Civil Veterinary Dept. Bombay admin report 1923-31 - 1923-1931
Year: 1923
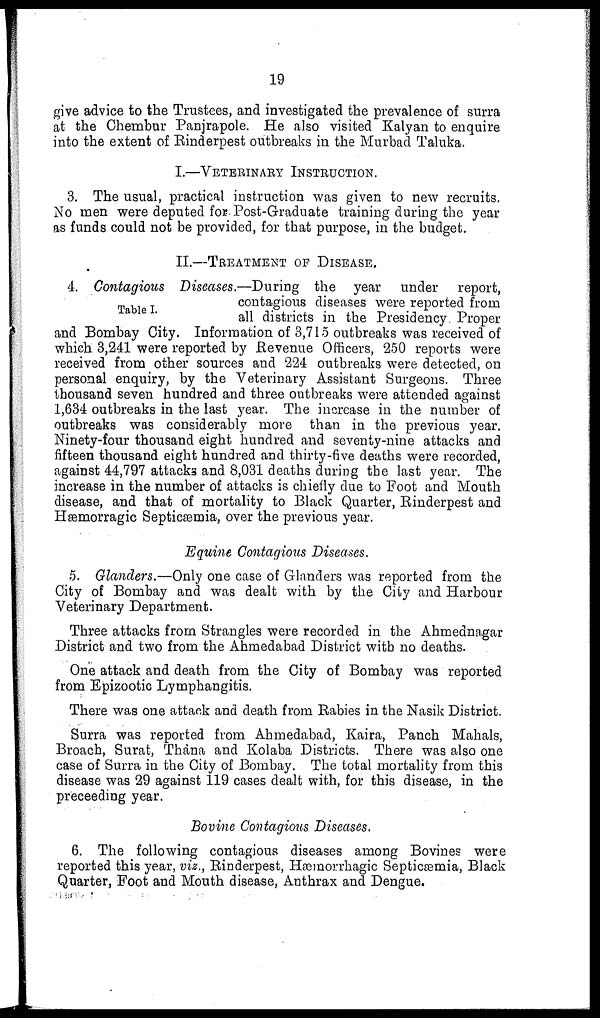
19
give advice to the Trustees, and investigated the prevalence of surra
at the Chembur Panjrapole. He also visited Kalyan to enquire
into the extent of Rinderpest outbreaks in the Murbad Taluka.
I.—VETERINARY INSTRUCTION.
3. The usual, practical instruction was given to new recruits.
No men were deputed for Post-Graduate training during the year
as funds could not be provided, for that purpose, in the budget.
II.—TREATMENT OF DISEASE.
Table I.
4. Contagious Diseases.—During the year under report,
contagious diseases were reported from
all districts in the Presidency Proper
and Bombay City. Information of 3,715 outbreaks was received of
which 3,241 were reported by Revenue Officers, 250 reports were
received from other sources and 224 outbreaks were detected, on
personal enquiry, by the Veterinary Assistant Surgeons. Three
thousand seven hundred and three outbreaks were attended against
1,634 outbreaks in the last year. The increase in the number of
outbreaks was considerably more than in the previous year.
Ninety-four thousand eight hundred and seventy-nine attacks and
fifteen thousand eight hundred and thirty-five deaths were recorded,
against 44,797 attacks and 8,031 deaths during the last year. The
increase in the number of attacks is chiefly due to Foot and Mouth
disease, and that of mortality to Black Quarter, Rinderpest and
Hæmorragic Septicæmia, over the previous year.
Equine Contagious Diseases.
5. Glanders.—Only one case of Glanders was reported from the
City of Bombay and was dealt with by the City and Harbour
Veterinary Department.
Three attacks from Strangles were recorded in the Ahmednagar
District and two from the Ahmedabad District with no deaths.
One attack and death from the City of Bombay was reported
from Epizootic Lymphangitis.
There was one attack and death from Rabies in the Nasik District.
Surra was reported from Ahmedabad, Kaira, Panch Mahals,
Broach, Surat, Thana and Kolaba Districts. There was also one
case of Surra in the City of Bombay. The total mortality from this
disease was 29 against 119 cases dealt with, for this disease, in the
preceeding year.
Bovine Contagious Diseases.
6. The following contagious diseases among Bovines were
reported this year, viz., Rinderpest, Hæmorrhagic Septicæmia, Black
Quarter, Foot and Mouth disease, Anthrax and Dengue.